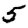
Digit: 5